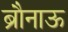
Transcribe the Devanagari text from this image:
ब्रौनाऊ